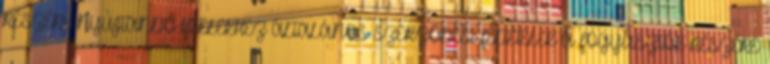
RÉSZÉRE NYÚJTANDÓ HITELEKHEZ ÁLTALÁNOS SZERZŐDÉSI FELTÉTELEK A FOGYASZTÓK RÉSZÉRE